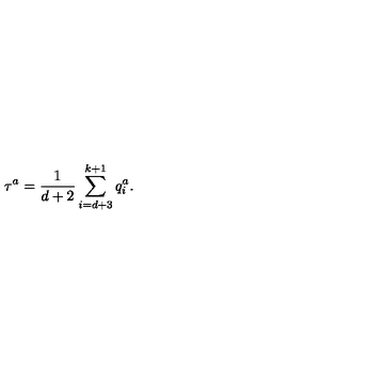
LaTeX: \tau ^ { a } = \frac { { 1 } } { d + 2 } \sum _ { i = d + 3 } ^ { k + 1 } q _ { i } ^ { a } .